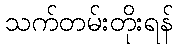
သက်တမ်းတိုးရန်